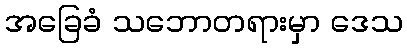
အခြေခံ သဘောတရားမှာ ဒေသ